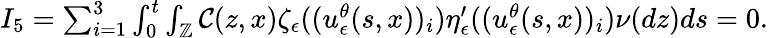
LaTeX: \begin{array}{r}{I_{5}=\sum_{i=1}^{3}\int_{0}^{t}\int_{\mathbb{Z}}\mathcal{C}(z,x)\zeta_{\epsilon}((u_{\epsilon}^{\theta}(s,x))_{i})\eta_{\epsilon}^{\prime}((u_{\epsilon}^{\theta}(s,x))_{i})\nu(dz)ds=0.}\end{array}